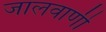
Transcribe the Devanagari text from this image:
जालवाणी